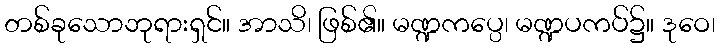
တစ်ခုသောဘုရားရှင်။ အာသိ၊ ဖြစ်၏။ မဏ္ဍကပ္ပေ၊ မဏ္ဍပကပ်၌။ ဒုဝေ၊